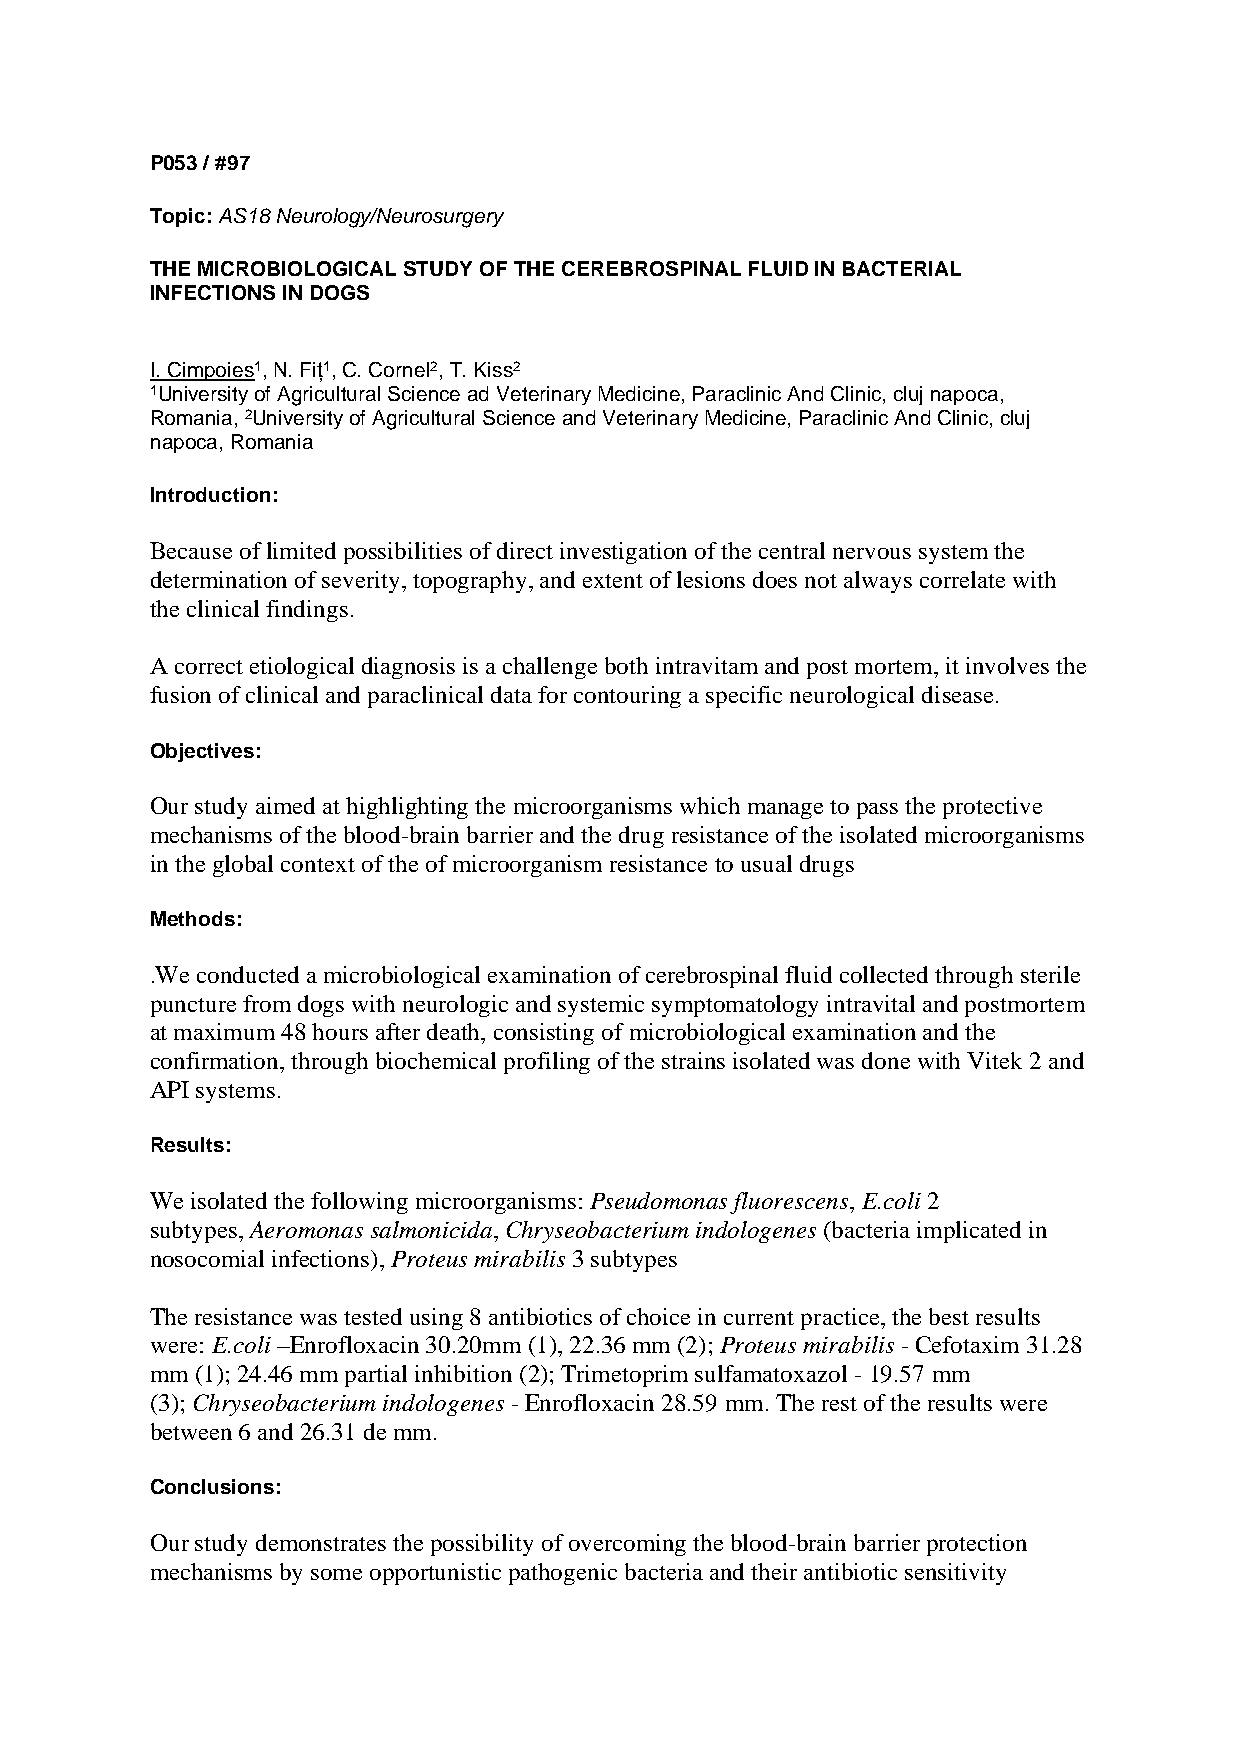
P053 / #97
 Topic: AS18 Neurology/Neurosurgery
 THE MICROBIOLOGICAL STUDY OF THE CEREBROSPINAL FLUID IN BACTERIAL
 INFECTIONS IN DOGS
 I. Cimpoies1, N. Fiț1, C. Cornel2, T. Kiss2
 1University of Agricultural Science ad Veterinary Medicine, Paraclinic And Clinic, cluj napoca,
 Romania, 2University of Agricultural Science and Veterinary Medicine, Paraclinic And Clinic, cluj
 napoca, Romania
 Introduction:
 Because of limited possibilities of direct investigation of the central nervous system the
 determination of severity, topography, and extent of lesions does not always correlate with
 the clinical findings.
 A correct etiological diagnosis is a challenge both intravitam and post mortem, it involves the
 fusion of clinical and paraclinical data for contouring a specific neurological disease.
 Objectives:
 Our study aimed at highlighting the microorganisms which manage to pass the protective
 mechanisms of the blood-brain barrier and the drug resistance of the isolated microorganisms
 in the global context of the of microorganism resistance to usual drugs
 Methods:
 .We conducted a microbiological examination of cerebrospinal fluid collected through sterile
 puncture from dogs with neurologic and systemic symptomatology intravital and postmortem
 at maximum 48 hours after death, consisting of microbiological examination and the
 confirmation, through biochemical profiling of the strains isolated was done with Vitek 2 and
 API systems.
 Results:
 We isolated the following microorganisms: Pseudomonas fluorescens, E.coli 2
 subtypes, Aeromonas salmonicida, Chryseobacterium indologenes (bacteria implicated in
 nosocomial infections), Proteus mirabilis 3 subtypes
 The resistance was tested using 8 antibiotics of choice in current practice, the best results
 were: E.coli –Enrofloxacin 30.20mm (1), 22.36 mm (2); Proteus mirabilis - Cefotaxim 31.28
 mm (1); 24.46 mm partial inhibition (2); Trimetoprim sulfamatoxazol - 19.57 mm
 (3); Chryseobacterium indologenes - Enrofloxacin 28.59 mm. The rest of the results were
 between 6 and 26.31 de mm.
 Conclusions:
 Our study demonstrates the possibility of overcoming the blood-brain barrier protection
 mechanisms by some opportunistic pathogenic bacteria and their antibiotic sensitivity